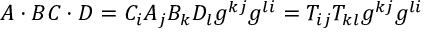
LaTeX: A \cdot B C \cdot D = C _ { i } A _ { j } B _ { k } D _ { l } g ^ { k j } g ^ { l i } = T _ { i j } T _ { k l } g ^ { k j } g ^ { l i }